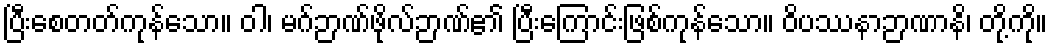
ပြီးစေတတ်ကုန်သော။ ဝါ၊ မဂ်ဉာဏ်ဖိုလ်ဉာဏ်၏ ပြီးကြောင်းဖြစ်ကုန်သော။ ဝိပဿနာဉာဏာနိ၊ တို့ကို။